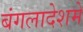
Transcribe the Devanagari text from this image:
बंगलादेशमे